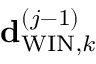
{ \bf { d } } _ { \mathrm { W I N } , k } ^ { \left( j - 1 \right) }